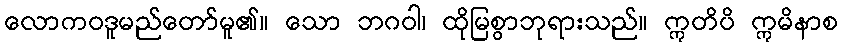
လောကဝဒူမည်တော်မူ၏။ သော ဘဂဝါ၊ ထိုမြစွာဘုရားသည်။ ဣတိပိ ဣမိနာစ